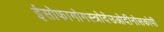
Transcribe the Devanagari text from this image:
ईसोफागोगस्त्रोदेउओदीनोसकोपी